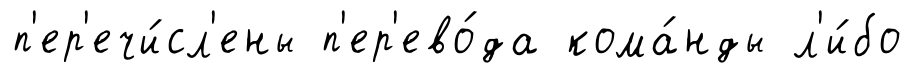
п'ер'ечи́сл'ены п'ер'ево́да кома́нды л'и́бо